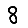
Digit: 8